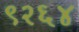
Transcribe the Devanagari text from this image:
९२६४